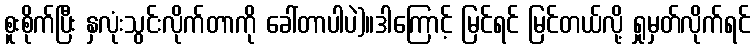
စူးစိုက်ပြီး နှလုံးသွင်းလိုက်တာကို ခေါ်တာပါပဲ)။ဒါကြောင့် မြင်ရင် မြင်တယ်လို့ ရှုမှတ်လိုက်ရင်